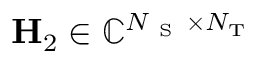
\mathbf { H } _ { 2 } \in \mathbb { C } ^ { N _ { \mathrm { ~ S ~ } } \times N _ { \mathrm { T } } }